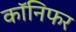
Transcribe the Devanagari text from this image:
कॉनिफर